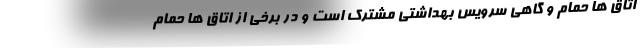
اتاق ها حمام و گاهی سرویس بهداشتی مشترک است و در برخی از اتاق ها حمام